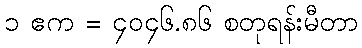
၁ ဧက = ၄၀၄၆.၈၆ စတုရန်းမီတာ